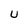
Character: U